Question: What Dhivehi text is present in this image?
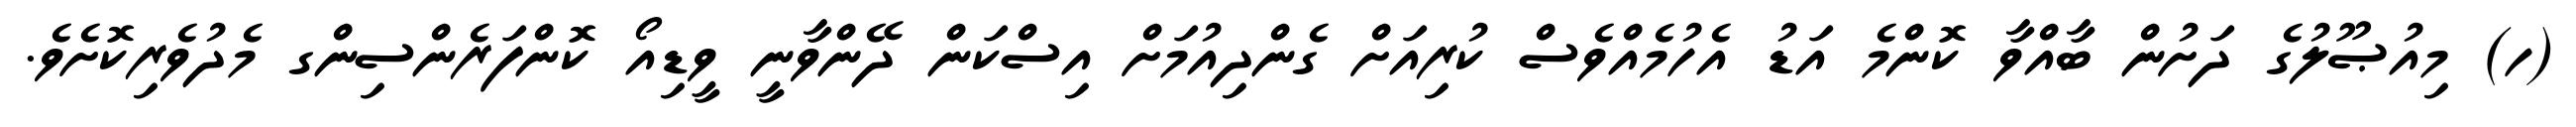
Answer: (ހ) މިއުޞޫލުގެ ދަށުން ބާއްވާ ކޮންމެ އަޑު އެހުމެއްވެސް ކުރިއަށް ގެންދިއުމަށް އިސްކަން ދޭންވާނީ ވީޑިއޯ ކޮންފަރެންސިންގ މެދުވެރިކޮށެވެ.